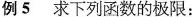
例 5 求下列函数的极限: